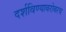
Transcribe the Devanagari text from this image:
दर्शविण्याबरोबरच